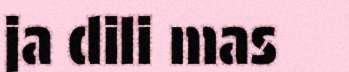
ja dili mas